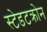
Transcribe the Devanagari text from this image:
स्टेडटक्रोन